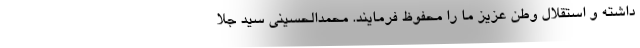
داشته و استقلال وطن عزیز ما را محفوظ فرمایند. محمدالحسینی سید جلا